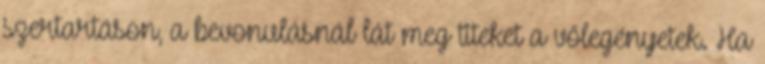
szertartáson, a bevonulásnál lát meg titeket a vőlegényetek. Ha